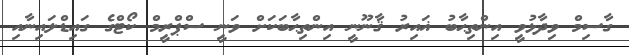
ގާސިމް ވިދާޅުވީ އިންތިޙާބު ޣައިރު ޤާނޫނީ އިންތިޙާބަކަށް ވަނީ ސްޕްރީމް ކޯޓްގެ ގައިޑްލައިނާއި